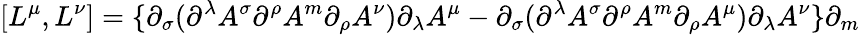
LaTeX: [L^{\mu},L^{\nu}]=\{ \partial_{\sigma}(\partial^{\lambda}A^{\sigma}\partial^{\rho}A^{m}\partial_{\rho}A^{\nu})\partial_{\lambda}A^{\mu}-\partial_{\sigma}(\partial^{\lambda}A^{\sigma}\partial^{\rho}A^{m}\partial_{\rho}A^{\mu})\partial_{\lambda}A^{\nu}\} \partial_{m}